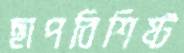
ছাপবিশিষ্ট